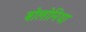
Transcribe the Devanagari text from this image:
बोलोनिया